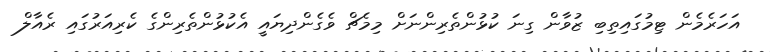
އަހަރެމެން ޓިމުގައިތިބި ޒުވާން ގިނަ ކުޅުންތެރިންނަށް މިމެޗް ވެގެންދިޔައީ އެކުޅުންތެރިންގެ ކެރިއަރުގައި ރެއާލް